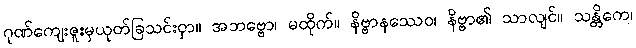
ဂုဏ်ကျေးဇူးမှယုတ်ခြသင်းငှာ။ အဘဗ္ဗော၊ မထိုက်။ နိဗ္ဗာနဿေဝ၊ နိဗ္ဗာ၏ သာလျင်။ သန္တိကေ၊